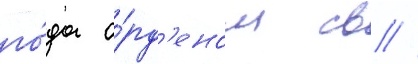
го́да о́рд'еном св //